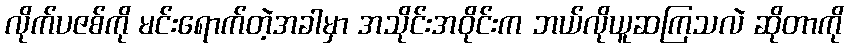
လိုက်ပဇစ်ကို မင်းရောက်တဲ့အခါမှာ အသိုင်းအဝိုင်းက ဘယ်လိုယူဆကြသလဲ ဆိုတာကို